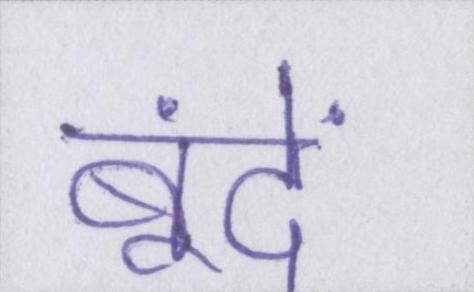
बूंदें